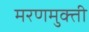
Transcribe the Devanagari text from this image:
मरणमुक्ती